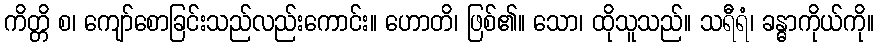
ကိတ္တိ စ၊ ကျော်စောခြင်းသည်လည်းကောင်း။ ဟောတိ၊ ဖြစ်၏။ သော၊ ထိုသူသည်။ သရီရံ၊ ခန္ဓာကိုယ်ကို။